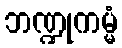
ဘဏ္ဍုကမ္မံ